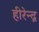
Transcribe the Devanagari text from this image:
हीरेन्द्र